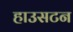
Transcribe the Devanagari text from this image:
हाउसटन